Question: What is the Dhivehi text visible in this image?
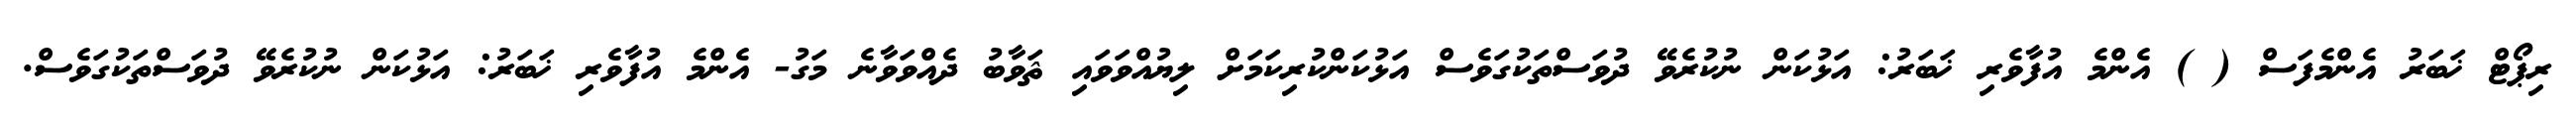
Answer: ރިޕޯޓް ޚަބަރު އެންމެފަސް ( ) އެންމެ އުފާވެރި ޚަބަރު: އަޅުކަން ނުކުރެވޭ ދުވަސްތަކުގަވެސް އަޅުކަންކުރިކަމަށް ލިޔުއްވަވައި ޘަވާބު ދެއްވަވާނެ މަގު- އެންމެ އުފާވެރި ޚަބަރު: އަޅުކަން ނުކުރެވޭ ދުވަސްތަކުގަވެސް.